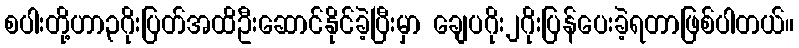
စပါးတို့ဟာ၃ဂိုးပြတ်အထိဦးဆောင်နိုင်ခဲ့ပြီးမှာ ချေပဂိုး၂ဂိုးပြန်ပေးခဲ့ရတာဖြစ်ပါတယ်။